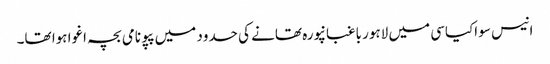
انیس سو اکیاسی میں لاہور باغبانپورہ تھانے کی حدود میں پپو نامی بچہ اغوا ہوا تھا۔